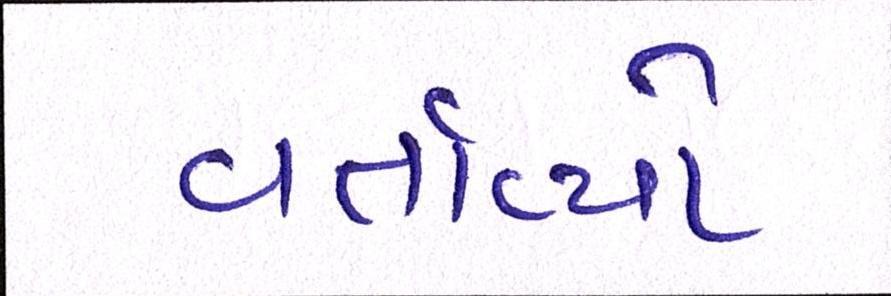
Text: વર્તાવ્યો